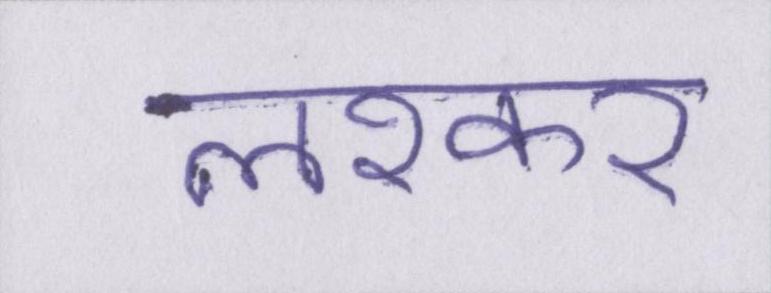
लश्कर